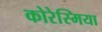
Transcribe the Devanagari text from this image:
कोरेस्मिया